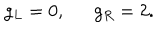
g _ { L } = 0 , \ \ g _ { R } = 2 .